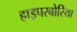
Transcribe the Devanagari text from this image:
हाइपरबोरिया